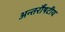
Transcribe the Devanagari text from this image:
अन्तर्रौषटीय